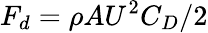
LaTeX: F_{d}=\rho AU^{2}C_{D}/2